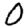
Digit: 0